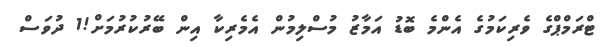
ޓްރަމްޕްގެ ވެރިކަމުގެ އެންމެ ބޮޑު އަމާޒު މުސްލިމުން އެމެރިކާ އިން ބޭރުކުރުމަށް!1 ދުވަސް